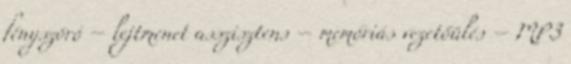
fényszóró – lejtmenet asszisztens – memóriás vezetőülés – MP3